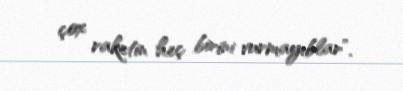
çox raketin heç birini vurmayıblar”.